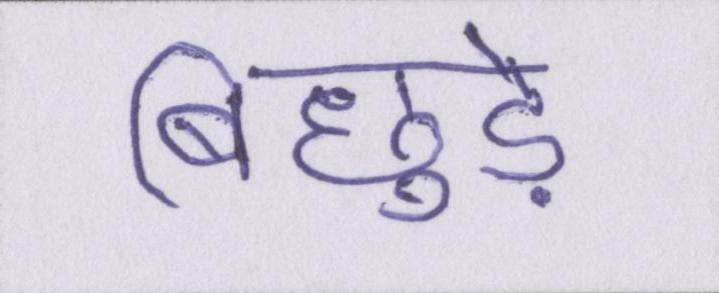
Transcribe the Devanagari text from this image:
बिछुड़े